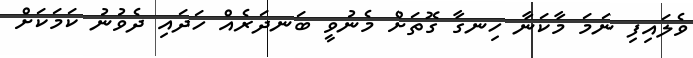
ވެލައިފި ނަމަ މާކަނާ ހިނގާ ގޮތަށް މެނުވީ ބަނދަރެއް ހަދައި ދެވުނު ކަމަކަށް